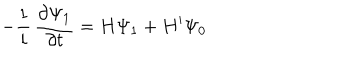
LaTeX: - { \frac { 1 } { i } } \, { \frac { \partial \Psi _ { 1 } } { \partial t } } = H \Psi _ { 1 } + H ^ { \prime } \Psi _ { 0 }